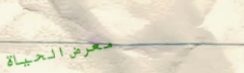
معرض الحياة